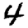
Digit: 4